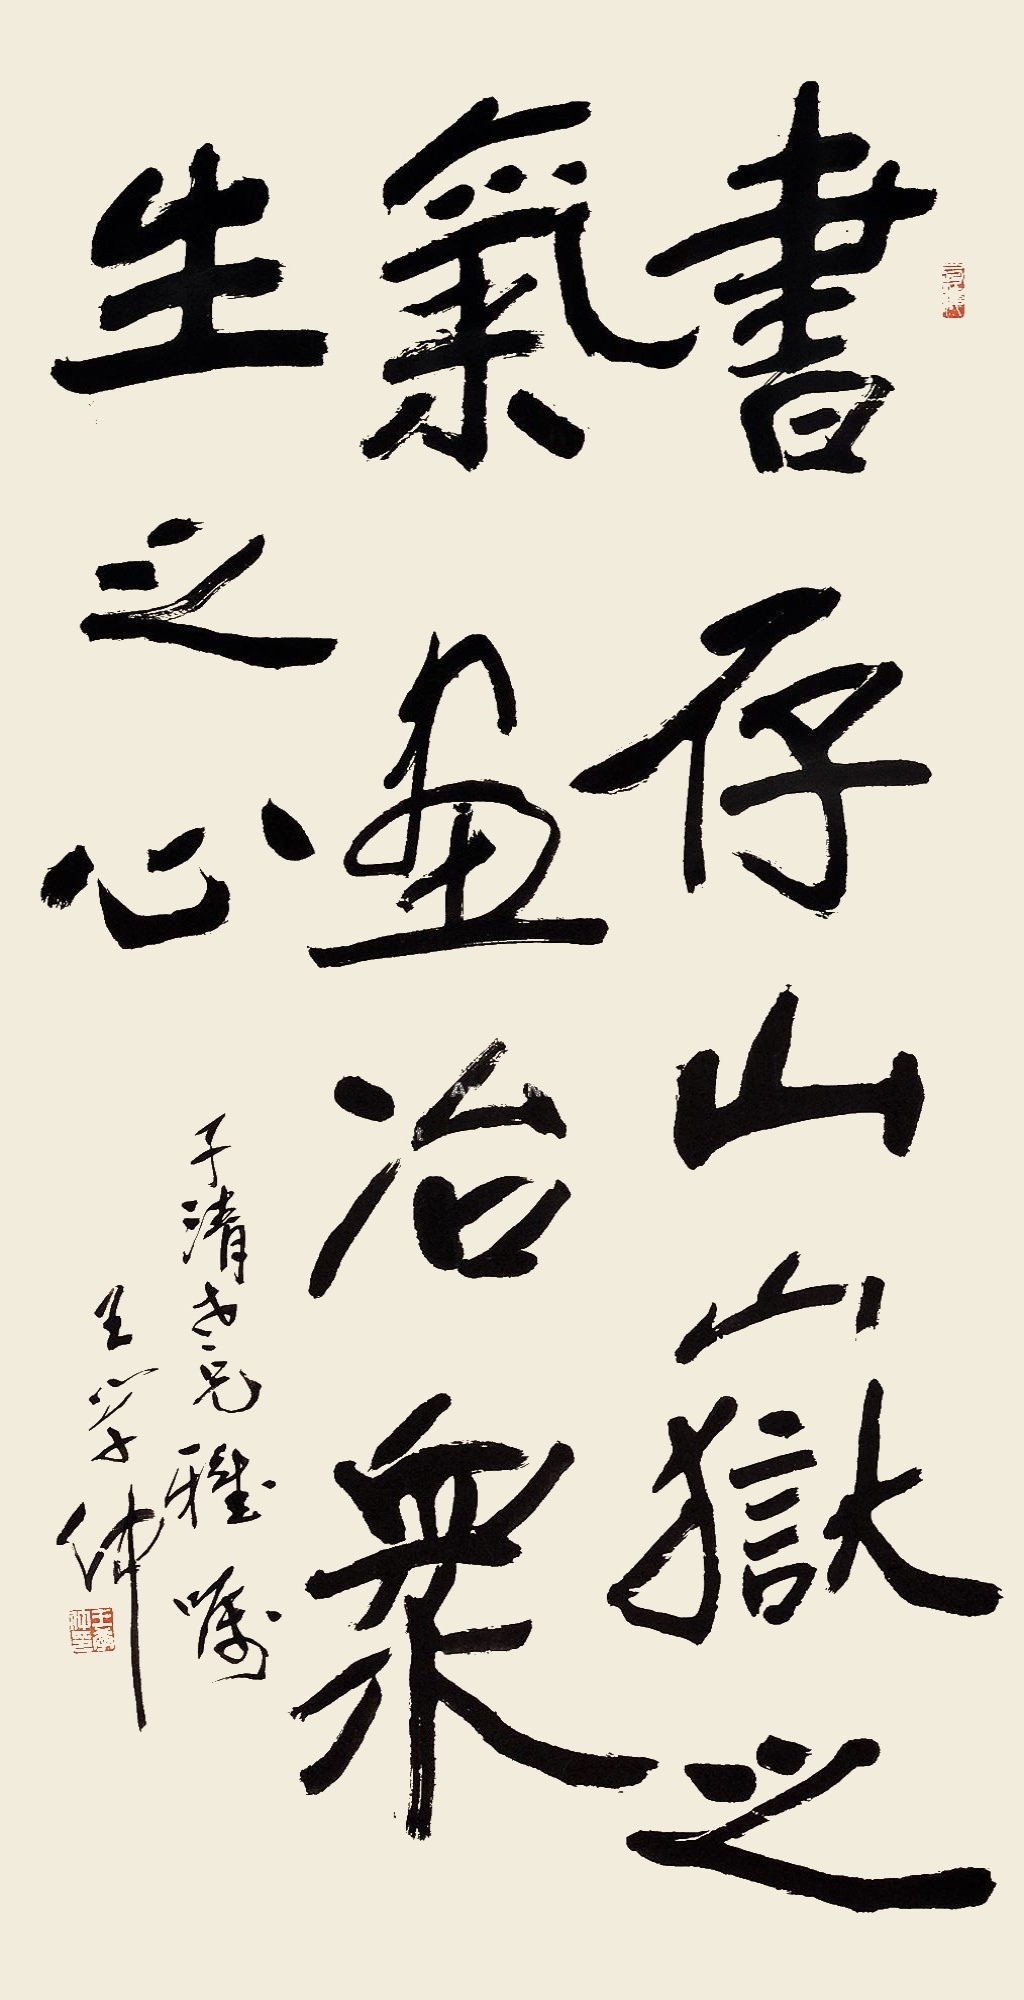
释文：书存山岳之气，画冶众生之心。子清老兄雅嘱，王学仲。